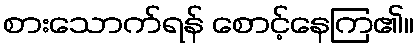
စားသောက်ရန် စောင့်နေကြ၏။